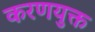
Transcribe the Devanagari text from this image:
करणयुक्त